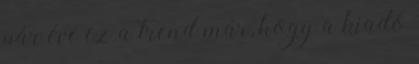
pár éve ez a trend már, hogy a kiadó